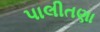
પાલીતણા